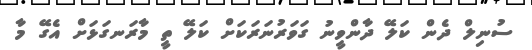
ސުނިލް ދެން ކަލޭ ދާންވީނު ގަވަރުނަރަކަށް ކަލޭ ތީ މާރަނގަޅަށް އެގޭ މާ